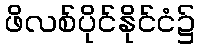
ဖိလစ်ပိုင်နိုင်ငံ၌